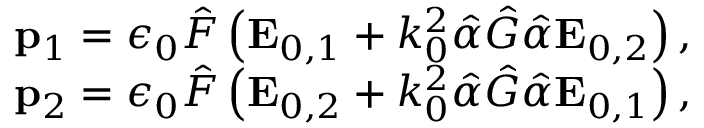
\begin{array} { r } { \mathbf p _ { 1 } = \epsilon _ { 0 } \hat { F } \left( \mathbf E _ { 0 , 1 } + k _ { 0 } ^ { 2 } \hat { \alpha } \hat { G } \hat { \alpha } \mathbf E _ { 0 , 2 } \right) , } \\ { \mathbf p _ { 2 } = \epsilon _ { 0 } \hat { F } \left( \mathbf E _ { 0 , 2 } + k _ { 0 } ^ { 2 } \hat { \alpha } \hat { G } \hat { \alpha } \mathbf E _ { 0 , 1 } \right) , } \end{array}